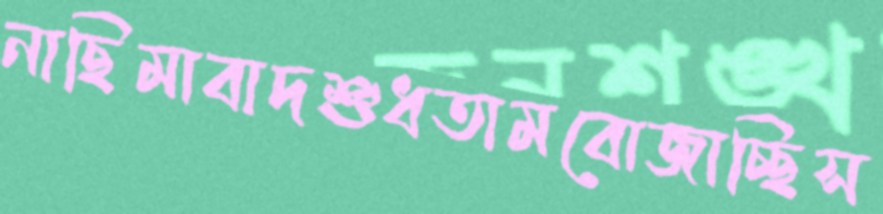
নাছিমাবাদশুধতামবোজাচ্ছিস